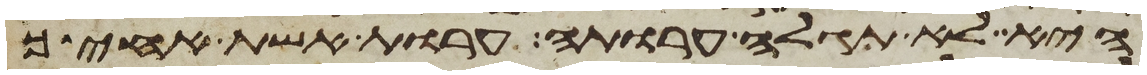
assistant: היא לא תגלה ערותה ערות אשת אחיך